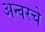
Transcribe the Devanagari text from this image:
अन्वरचे